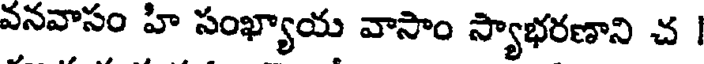
వనవాసం హి సంఖ్యాయ వాసాం స్యాభరణాని చ |